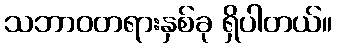
သဘာဝတရားနှစ်ခု ရှိပါတယ်။